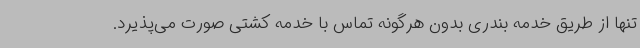
تنها از طریق خدمه بندری بدون هرگونه تماس با خدمه کشتی صورت می‌پذیرد.